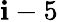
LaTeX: \mathbf{i}-5